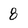
Character: 8